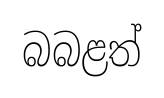
බබළත්